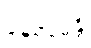
ပဝေဓေန္တိ